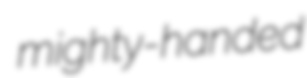
mighty-handed